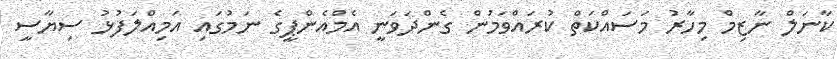
ކާނަލް ނާޒިމް މިހާރު މަސައްކަތް ކުރައްވަމުން ގެންދަވަނީ އެމްއެންޕީގެ ނަމުގައި އަމިއްލަފުޅު ސިޔާސީ